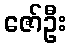
ဇော်ဦး